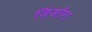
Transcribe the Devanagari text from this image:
ज़िंजोंग